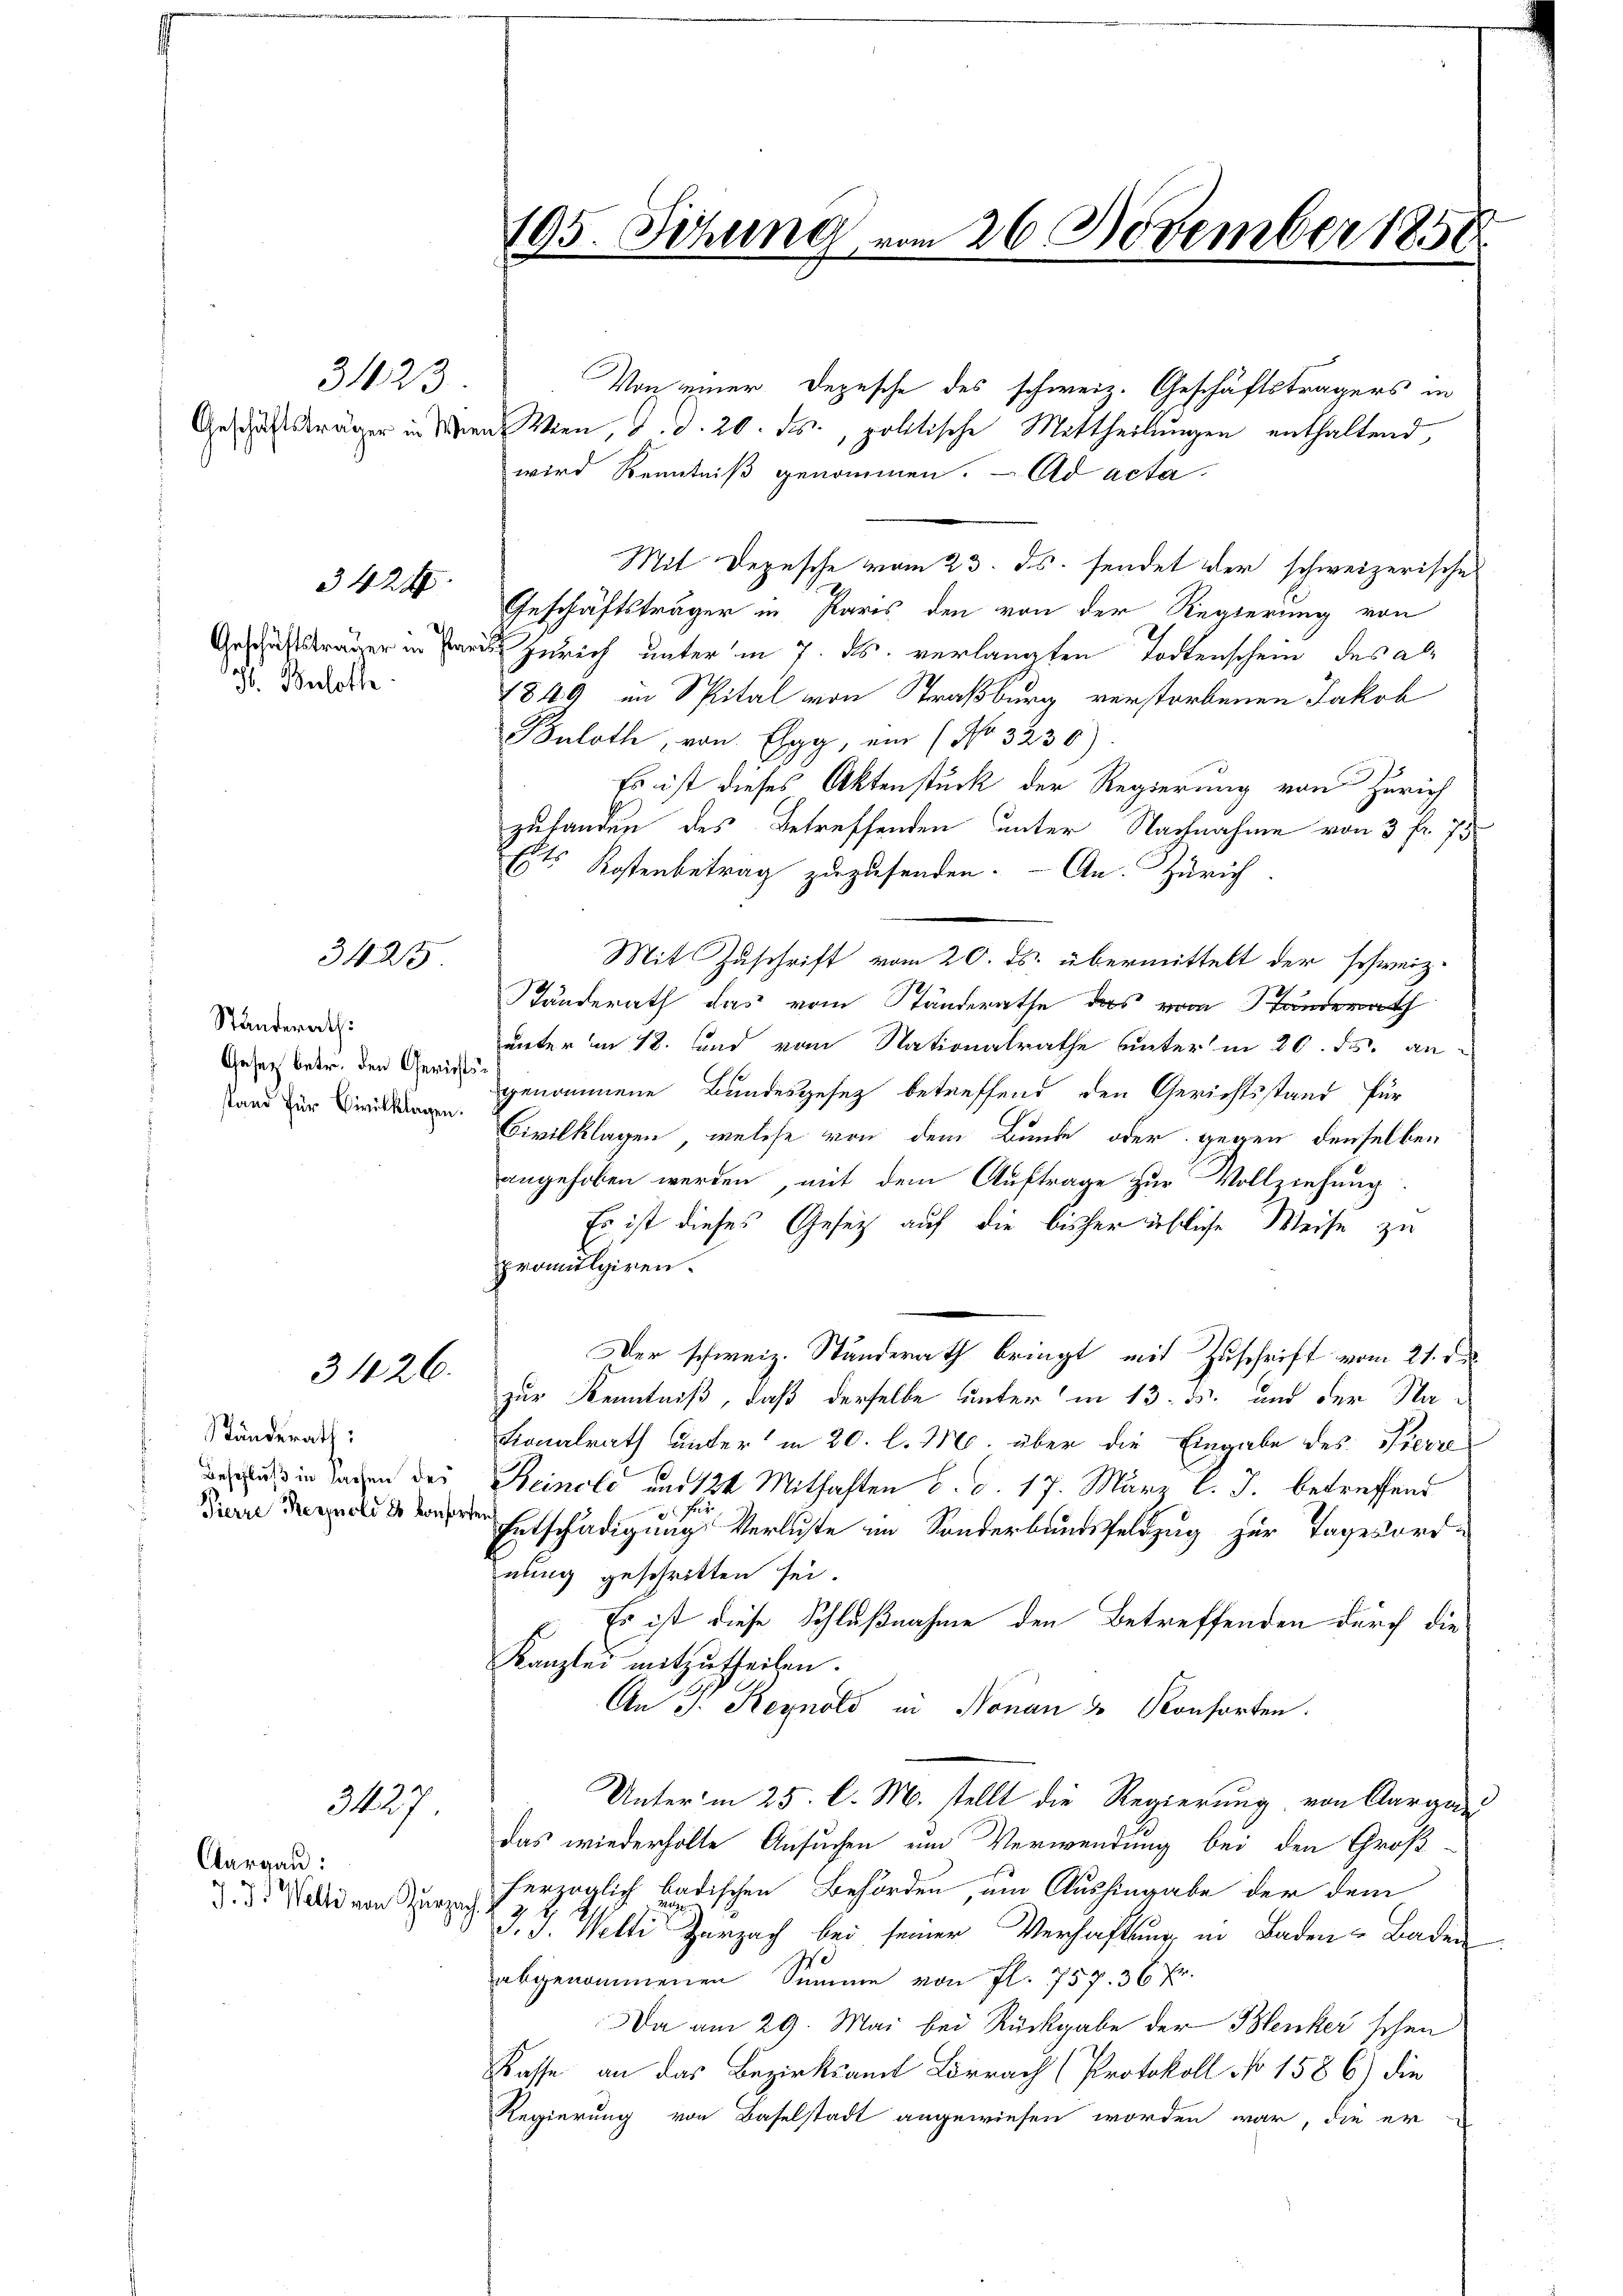
3423.

H. Berloth

Stunderath:
Gesetz betr. den Gerichtsstand für Civilklagen.

Ständerath:
Beschluß in Sachen des
Pierre Kernold es konsort

Aargau:
7. 75. Welti von Zurza

3424.

342

3426.

3437.

Geschäftsträger in den Wien, d. d. 20. ds., politische Mittheilungen enthaltend,
wird Kenntniß genommen. - Ad acta
Mit Depesche vom 23. ds. sendet der schweizerische
Geschäftsträger in Paris den von der Regierung von
 Zürich unterm 7. ds. verlangten Todtenschein des als
1849 im Spital von Straßburg verstorbenen Jakob
Buloth, von Elgg, ein (No 3230)
Es ist dieses Aktenstück der Regierung von Zürich
zulanden des Betreffenden unter Nachnahme von 3 fr. 73
Ests Kostenbetrag zuzusenden. - An Zürich
Mit Zuschrift vom 20. ds. übermittelt der schweiz.
Ständerath das vom Ständerathe das vom anderath
unter im 18. und vom Nationalrathe unter in 20. ds. angenommene Bundesgesez betreffend den Gerichtsstand für
Civilklagen, welche von dem Bunde oder gegen denselben
angehoben werden, mit dem Auftrage zur Vollziehung
Es ist dieses Gesetz auf die bisher übliche Weise zu
promulgiren.
Der schweiz. Standerath bringt mit Zuschrift vom 21. d.
zur Kenntniß, daß derselbe unter in 13. ds. und der Na¬
Konalrath unter in 20. l. M. über die Eingabe des Pierre
Keinold und 124 Mithaften d. d. 17. März l. J. betreffend
Entschädigung Verluste im Sonderbundsfeldzug zur Tagesordnung geschritten sei.
Es ist diese Schlußnahme den Betreffenden durch die
Kanzlei mitzutheilen.
An J. Reynold in Nonau & Konsorten.
Unterm 25 l. M. stellt die Regierung von Aargau
das wiederholte Ansuchen um Verwendung bei den Großherzoglich badischen Behörden, um Aushingabe der dem
ch.
J. J. Welti Zurzach bei seiner Verhaftung in Baden Baden
abgenommenen Summe von fl. 757. 36 Fr.
Da am 29. Mai bei Rückgabe der Blenker schen
Kasse an das Bezirksamt Lörrach (Protokoll No 1586) die
Regierung von Baselstadt angewiesen worden war, die er

195. Sitzung vom 26. November 1858.

Von einer Depesche des schweiz. Geschäftsträgers in